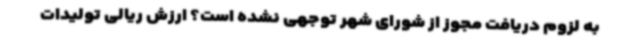
به لزوم دریافت مجوز از شورای شهر توجهی نشده است؟ ارزش ریالی تولیدات